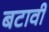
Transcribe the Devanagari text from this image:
बटावी